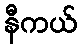
နီကယ်